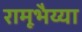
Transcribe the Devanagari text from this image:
रामूभैय्या